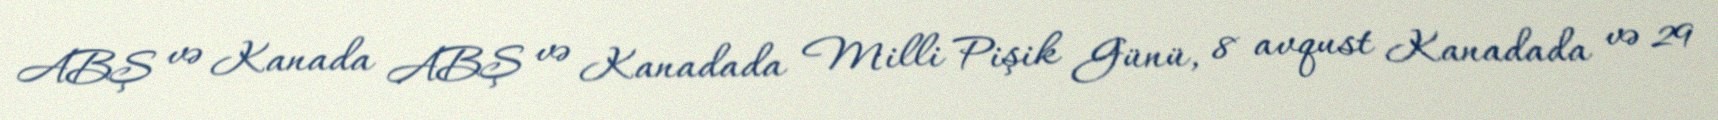
ABŞ və Kanada ABŞ və Kanadada Milli Pişik Günü, 8 avqust Kanadada və 29